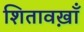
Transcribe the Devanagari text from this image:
शितावख़ाँ